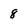
Character: 8